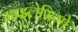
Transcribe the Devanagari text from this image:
माइलेसिमो